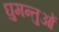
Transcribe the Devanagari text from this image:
घुमन्तुओं